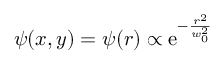
\psi ( x , y ) = \psi ( r ) \propto \mathrm { e } ^ { - \frac { r ^ { 2 } } { w _ { 0 } ^ { 2 } } }